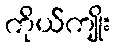
ကိုယ်ကျိုး